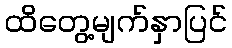
ထိတွေ့မျက်နှာပြင်